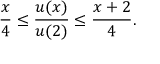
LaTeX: \frac x 4 \leq \frac { u ( x ) } { u ( 2 ) } \leq \frac { x + 2 } { 4 } .